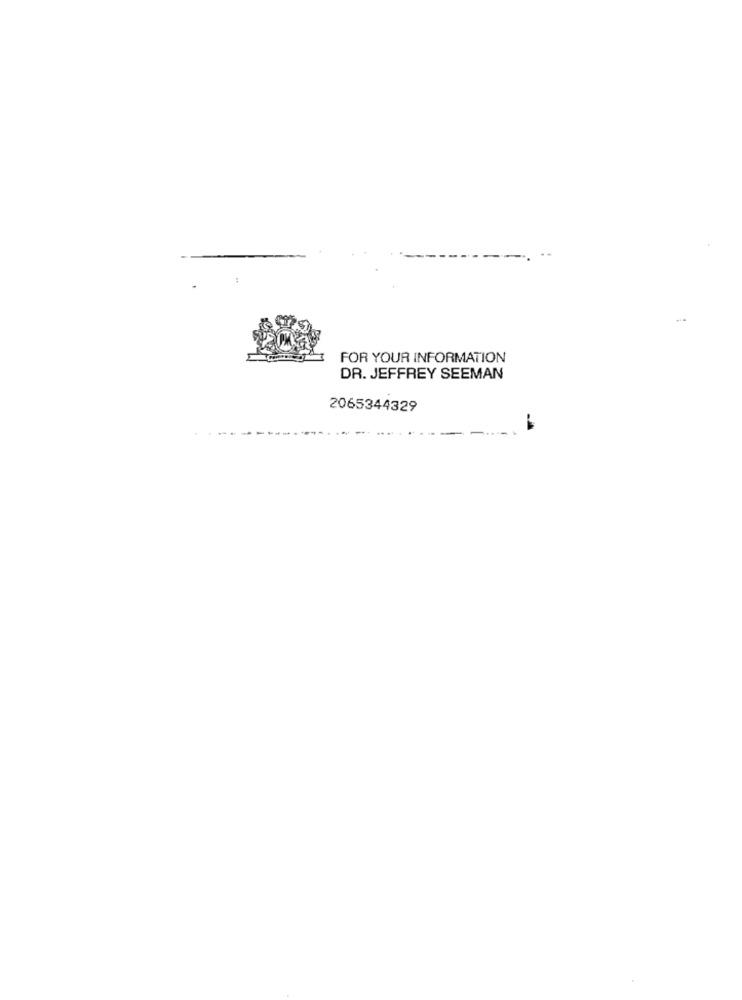
FOR YOUR INFORMATION
DR. JEFFREY SEEMAN
2065344329